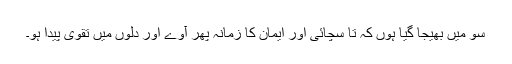
سو مَیں بھیجا گیا ہوں کہ تا سچائی اور ایمان کا زمانہ پھر آوے اور دلوں میں تقویٰ پیدا ہو۔